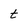
Character: t